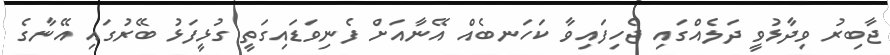
ޖާބިރު ވިދާޅުވީ ދަލެއްގައި ޖެހިފައިވާ ކަހަނބެއް އޭނާއަށް ފެނިވަޑައިގަތީ ގުޅީފަޅު ބޭރުގައި އޭނާގެ